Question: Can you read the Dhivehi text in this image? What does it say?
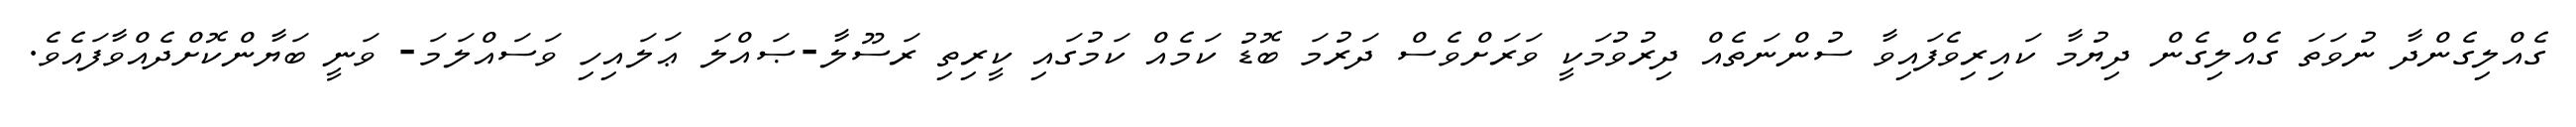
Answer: ގެއްލިގެންދާ ނުވަތަ ގެއްލިގެން ދިޔުމާ ކައިރިވެފައިވާ ސުންނަތެއް ދިރުވުމަކީ ވަރަށްވެސް ދަރުމަ ބޮޑު ކަމެއް ކަމުގައި ކީރިތި ރަސޫލާ-ޞައްލަ ޢަލައިހި ވަސައްލަމަ- ވަނީ ބަޔާންކޮށްދެއްވާފައެވެ.